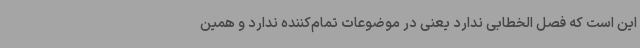
این است که فصل الخطابی ندارد یعنی در موضوعات تمام‌کننده ندارد و همین